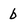
Character: b